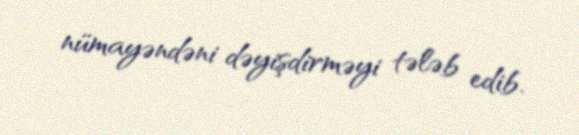
nümayəndəni dəyişdirməyi tələb edib.